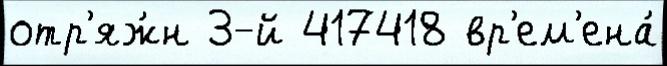
отр'яж́н 3-й 417418 вр'ем'ена́